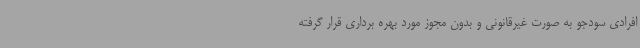
افرادی سودجو به صورت غیرقانونی و بدون مجوز مورد بهره برداری قرار گرفته